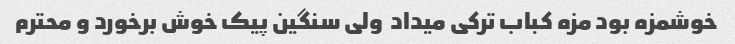
خوشمزه بود مزه کباب ترکی میداد  ولی سنگین پیک خوش برخورد و محترم